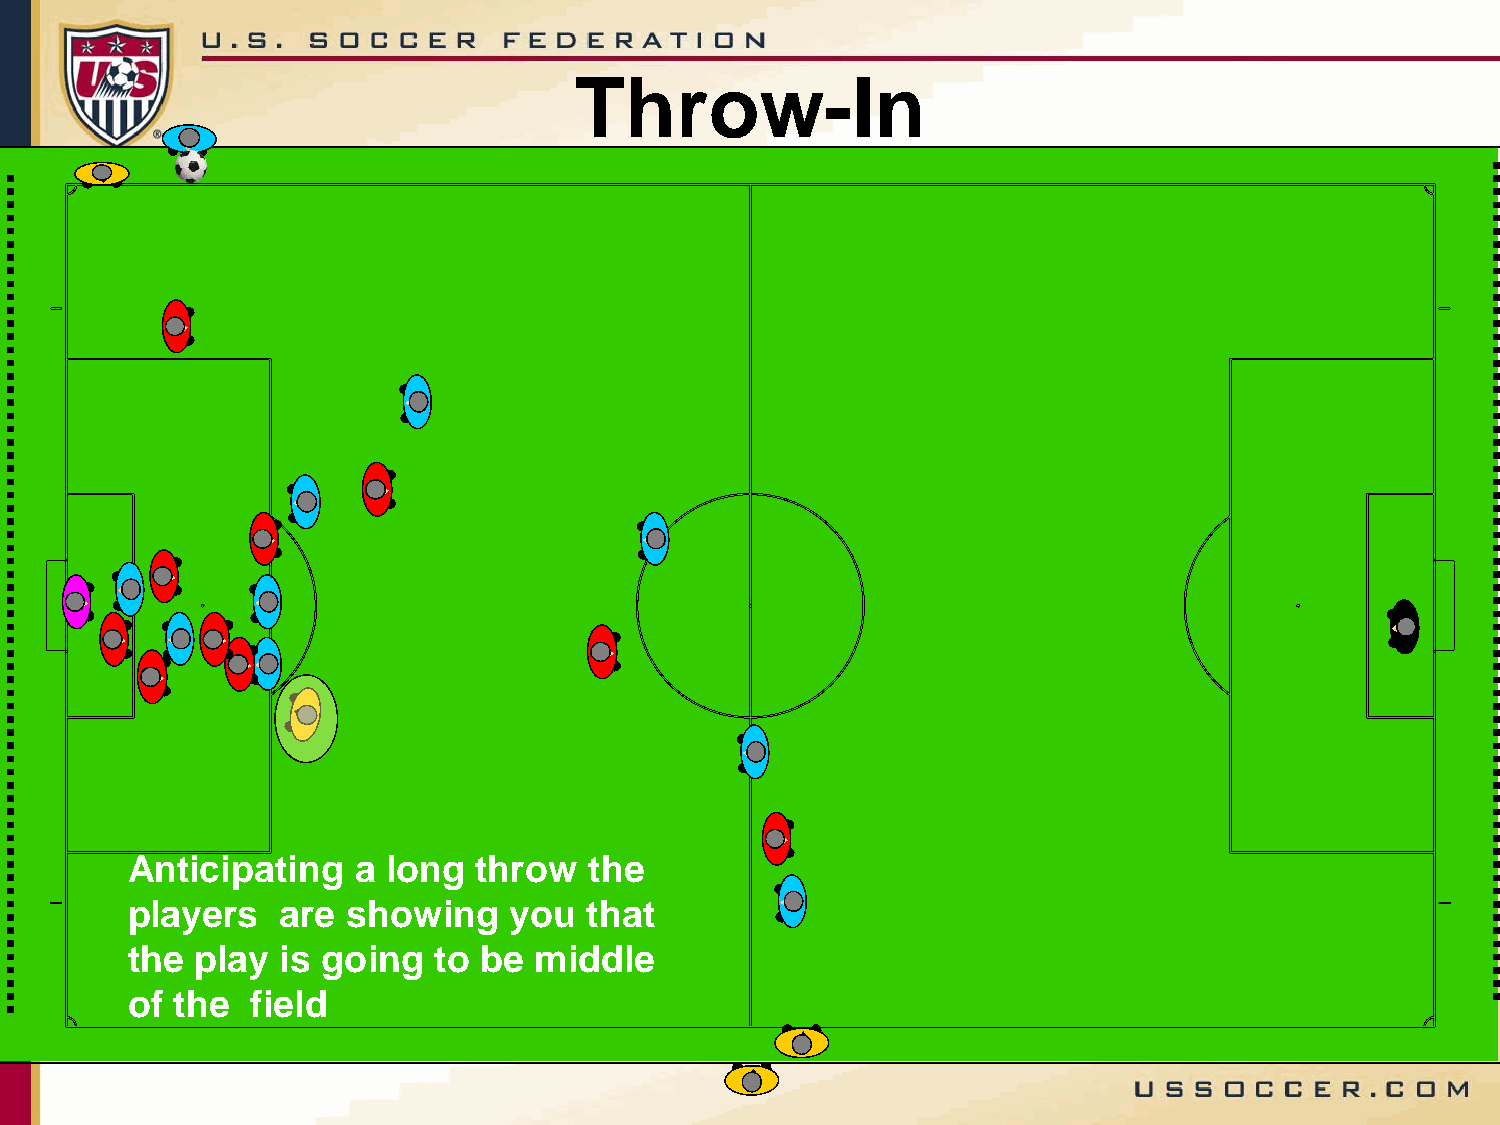
Throw-In
 Anticipating   a  long  throw  the
 players    are showing    you  that
 the  play  is going  to be middle
 of the   field